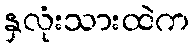
နှလုံးသားထဲက